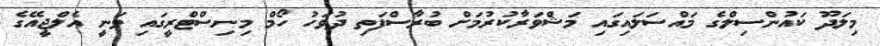
މިލަދޫ ކައުންސިލްގެ މައްސަލައިގައި މަޝްވަރާކުރުމަށް ބުރާސްފަތި ދުވަހު ހޯމް މިނިސްޓްރީގައި ވަނީ އެލްޖީއޭގެ